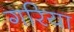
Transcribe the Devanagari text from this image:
गरिया